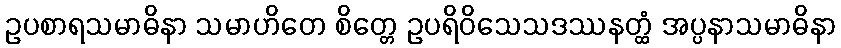
ဥပစာရသမာဓိနာ သမာဟိတေ စိတ္တေ ဥပရိဝိသေသဒဿနတ္ထံ အပ္ပနာသမာဓိနာ